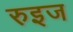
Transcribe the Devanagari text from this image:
रुइज